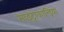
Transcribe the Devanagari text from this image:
माइट्रोकान्ड्रिया